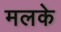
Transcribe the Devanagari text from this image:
मलके